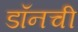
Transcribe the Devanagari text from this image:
डॉनची